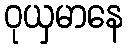
ဝုယှမာနေ